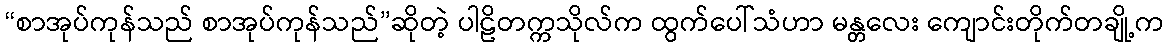
“စာအုပ်ကုန်သည် စာအုပ်ကုန်သည်”ဆိုတဲ့ ပါဠိတက္ကသိုလ်က ထွက်ပေါ်သံဟာ မန္တလေး ကျောင်းတိုက်တချို့က